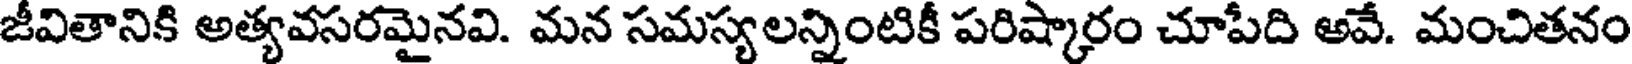
జీవితానికి అత్యవసరమైనవి. మన సమస్యలన్నింటికీ పరిష్కారం చూపేది అవే. మంచితనం